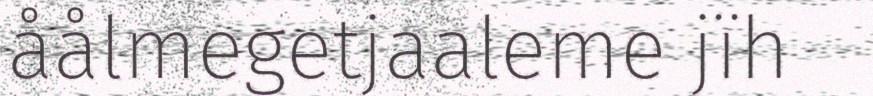
åålmegetjaaleme jïh